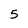
Character: 5